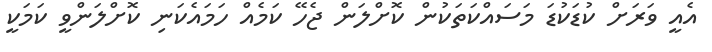
އެއީ ވަރަށް ކުޑަކުޑަ މަސައްކަތަކުން ކޮށްލަން ޖެހޭ ކަމެއް ހަމައެކަނި ކޮށްލަންވީ ކަމަކީ